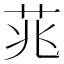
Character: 𮎮